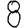
Digit: 8